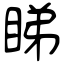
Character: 睇